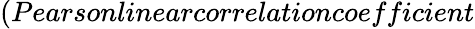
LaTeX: (Pearsonlinearcorrelationcoefficient